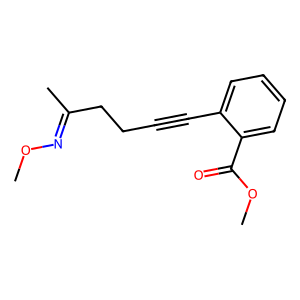
SMILES: CON=C(C)CCC#Cc1ccccc1C(=O)OC
Inhibits HIV replication: No